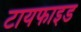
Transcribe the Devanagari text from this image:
टायफाइड